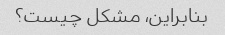
بنابراین، مشکل چیست؟